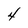
Character: 4